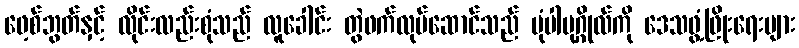
ဖေ့စ်ဘွတ်နှင့် လိုင်းလည်းစုံသည် လူခေါင်း တွဲဖက်လုပ်ဆောင်သည် ပုံပါပုဂ္ဂိုလ်ကို ဒေသဖွံ့ဖြိုးရေးများ